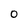
Character: 0